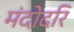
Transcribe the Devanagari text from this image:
मंदोदरि